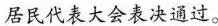
居民代表大会表决通过。